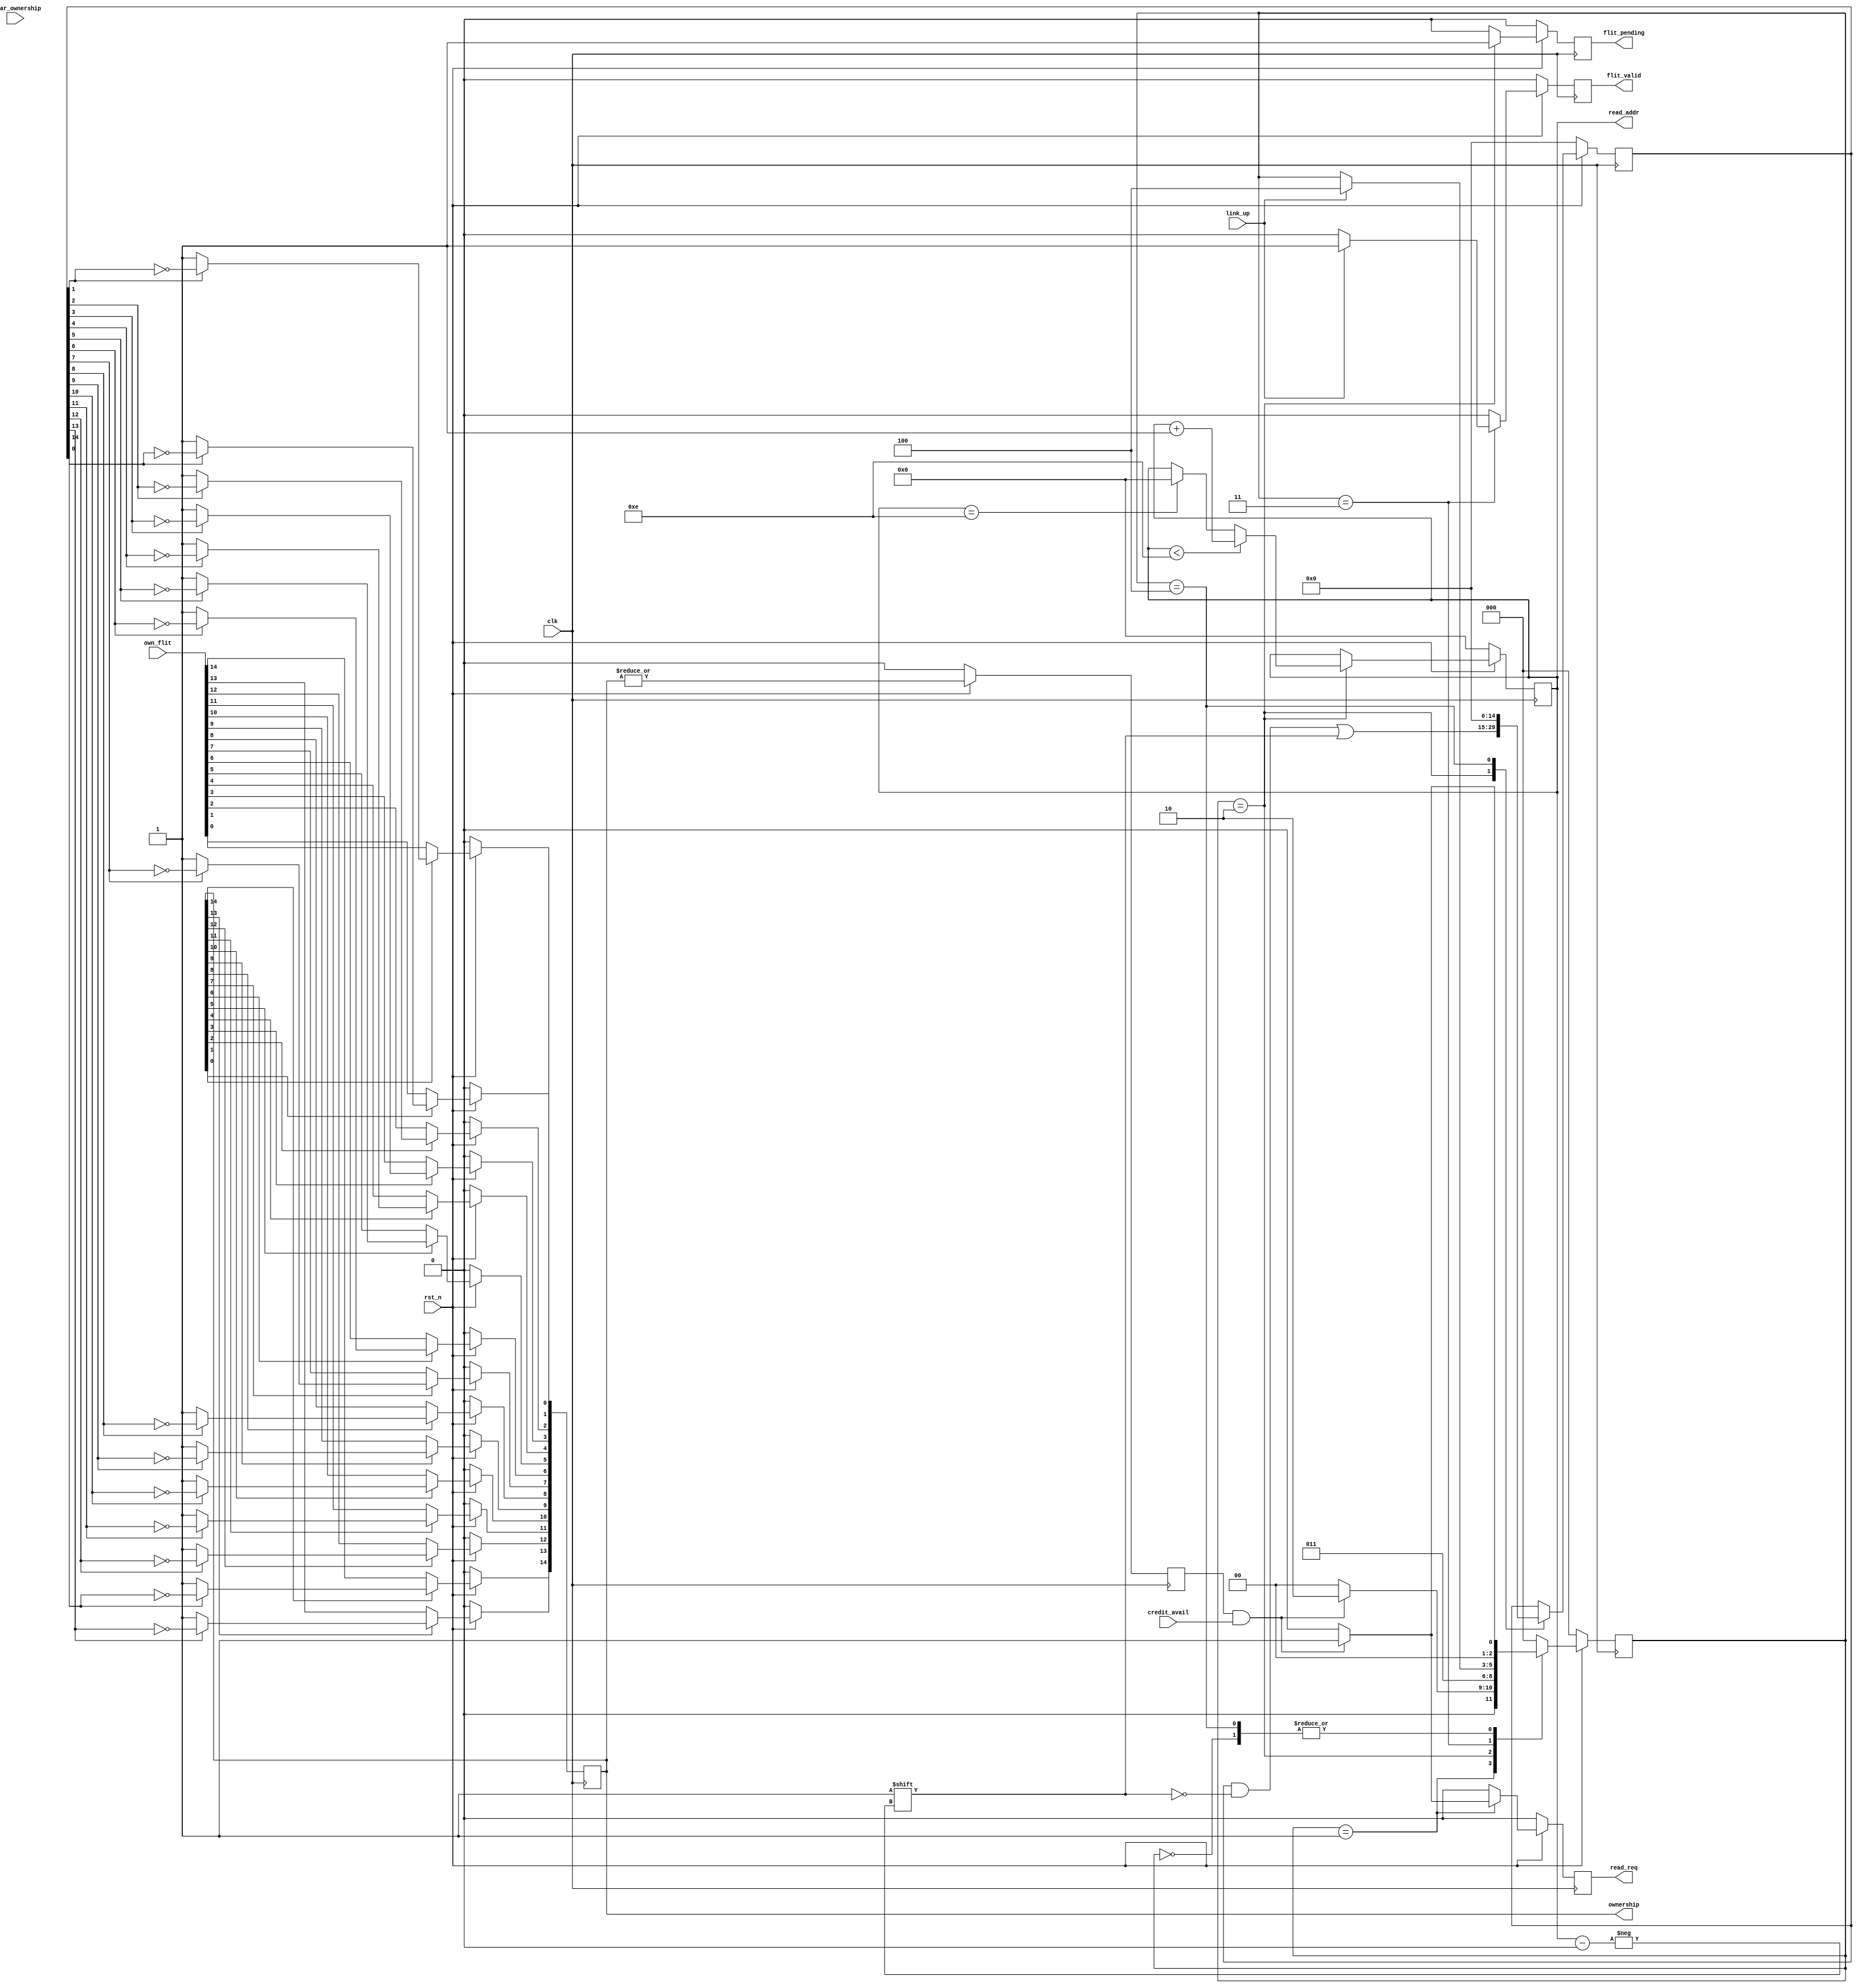
module  chi_txflit_mgmt  
  (
   input 	    clk, 
   input 	    rst_n,
  
   //to/from register interface
   input [14:0]     own_flit, 
   input 	    credit_avail, 
   input 	    link_up, 
   input 	    clear_ownership,
   output reg 	    read_req,
   output reg 	    flit_pending,
   output reg [3:0] read_addr, 
   output reg 	    flit_valid, 
   output [14:0]    ownership     
   );


   

   parameter IDLE=3'b000,
     READ_REQ=3'b001, 
     WAIT_FOR_FLIT =3'b010,
     SEND_FLIT =3'b011,
     CHECK_CREDIT=3'b100;

   wire [2:0] 	    flit_mgmt_state;
   reg [2:0] 	    flit_mgmt_state_i;
   reg 		    own_flit_prg;
   reg [14:0] 	    own_reg;
   wire [14:0] 	    own_flip;
   reg [14:0] 	    update_own_reg;
   

   assign own_flip = own_flit;
   assign ownership = own_reg;
   
   integer 	    k;
   
   //************************************************************************************************/
   //Setting the Ownership Register as Flits are sent
   //************************************************************************************************/
   always@( posedge clk) begin
      for(k=0;k<15;k=k+1) begin
	 if(~rst_n) begin
	    own_reg[k] <= 0;
	 end
	 else if (~own_reg[k])begin
	    own_reg[k] <= own_flip[k];
	 end
	 else begin
	    if(update_own_reg[k]) begin
	       own_reg[k]<= ~update_own_reg[k];
	    end
	    else begin
	       own_reg[k]<= own_reg[k];
	    end
	 end
      end
   end
   
   
   assign flit_mgmt_state = flit_mgmt_state_i;


   //************************************************************************************************/
   //Resetting the configure bridge will not have affect as that is not
   //a graceful exit
   //State machine or transmitting Flit
   //Flits are received from Memory it takes few cycles to read Flit once read
   //request is given.
   //Flits are sent only when Link is Up and Credits are available
   //************************************************************************************************/
   always @ (posedge clk ) 
     begin  
	if( ~rst_n) begin 
           flit_mgmt_state_i        <= IDLE;
	   own_flit_prg             <= 0;
	   read_req                 <= 1'b0;
	   flit_valid               <= 1'b0;
	   read_addr <= 0;
	   flit_pending <= 1'b0;
	   update_own_reg <=0 ;
	end
	else begin
           own_flit_prg <= |own_reg;
	   read_req <= 1'b0;
	   flit_valid <= 1'b0;
	   flit_pending <= 1'b0;
	   case(flit_mgmt_state)
	     IDLE:begin
		if (own_flit_prg & credit_avail) 
		  //credits available and flits to be sent
                  flit_mgmt_state_i <= READ_REQ;
                else 
                  flit_mgmt_state_i <= IDLE;
	     end
             READ_REQ: begin
	        if  (own_flit_prg & credit_avail) begin
	           read_req <= 1'b1;
		   flit_mgmt_state_i <= WAIT_FOR_FLIT;
                end 
		else
		  flit_mgmt_state_i <= IDLE;
	     end
             WAIT_FOR_FLIT : begin
	        flit_pending <= 1'b1;
	        if(read_addr   < 4'he)
                  read_addr <= read_addr + 1'b1;
                else if (read_addr == 4'he)
                  read_addr <= 0;

		update_own_reg[read_addr] <= 1'b1;
		//Don't update here, do it once gone out of bridge
                flit_mgmt_state_i <= SEND_FLIT;
	     end
             SEND_FLIT: begin
		if(link_up) begin                           
		   flit_valid <= 1'b1;
                   flit_mgmt_state_i <= CHECK_CREDIT;
		end
	     end
             CHECK_CREDIT: begin
                if  (own_flit_prg & credit_avail) begin
		   update_own_reg <= 0;
                   flit_mgmt_state_i        <= READ_REQ;
		end
		else begin
		   update_own_reg <= 0;
		   flit_mgmt_state_i        <= IDLE;
		end
	     end
             default : begin flit_mgmt_state_i <= IDLE; end			
	   endcase
	end 
     end 

   
   

endmodule